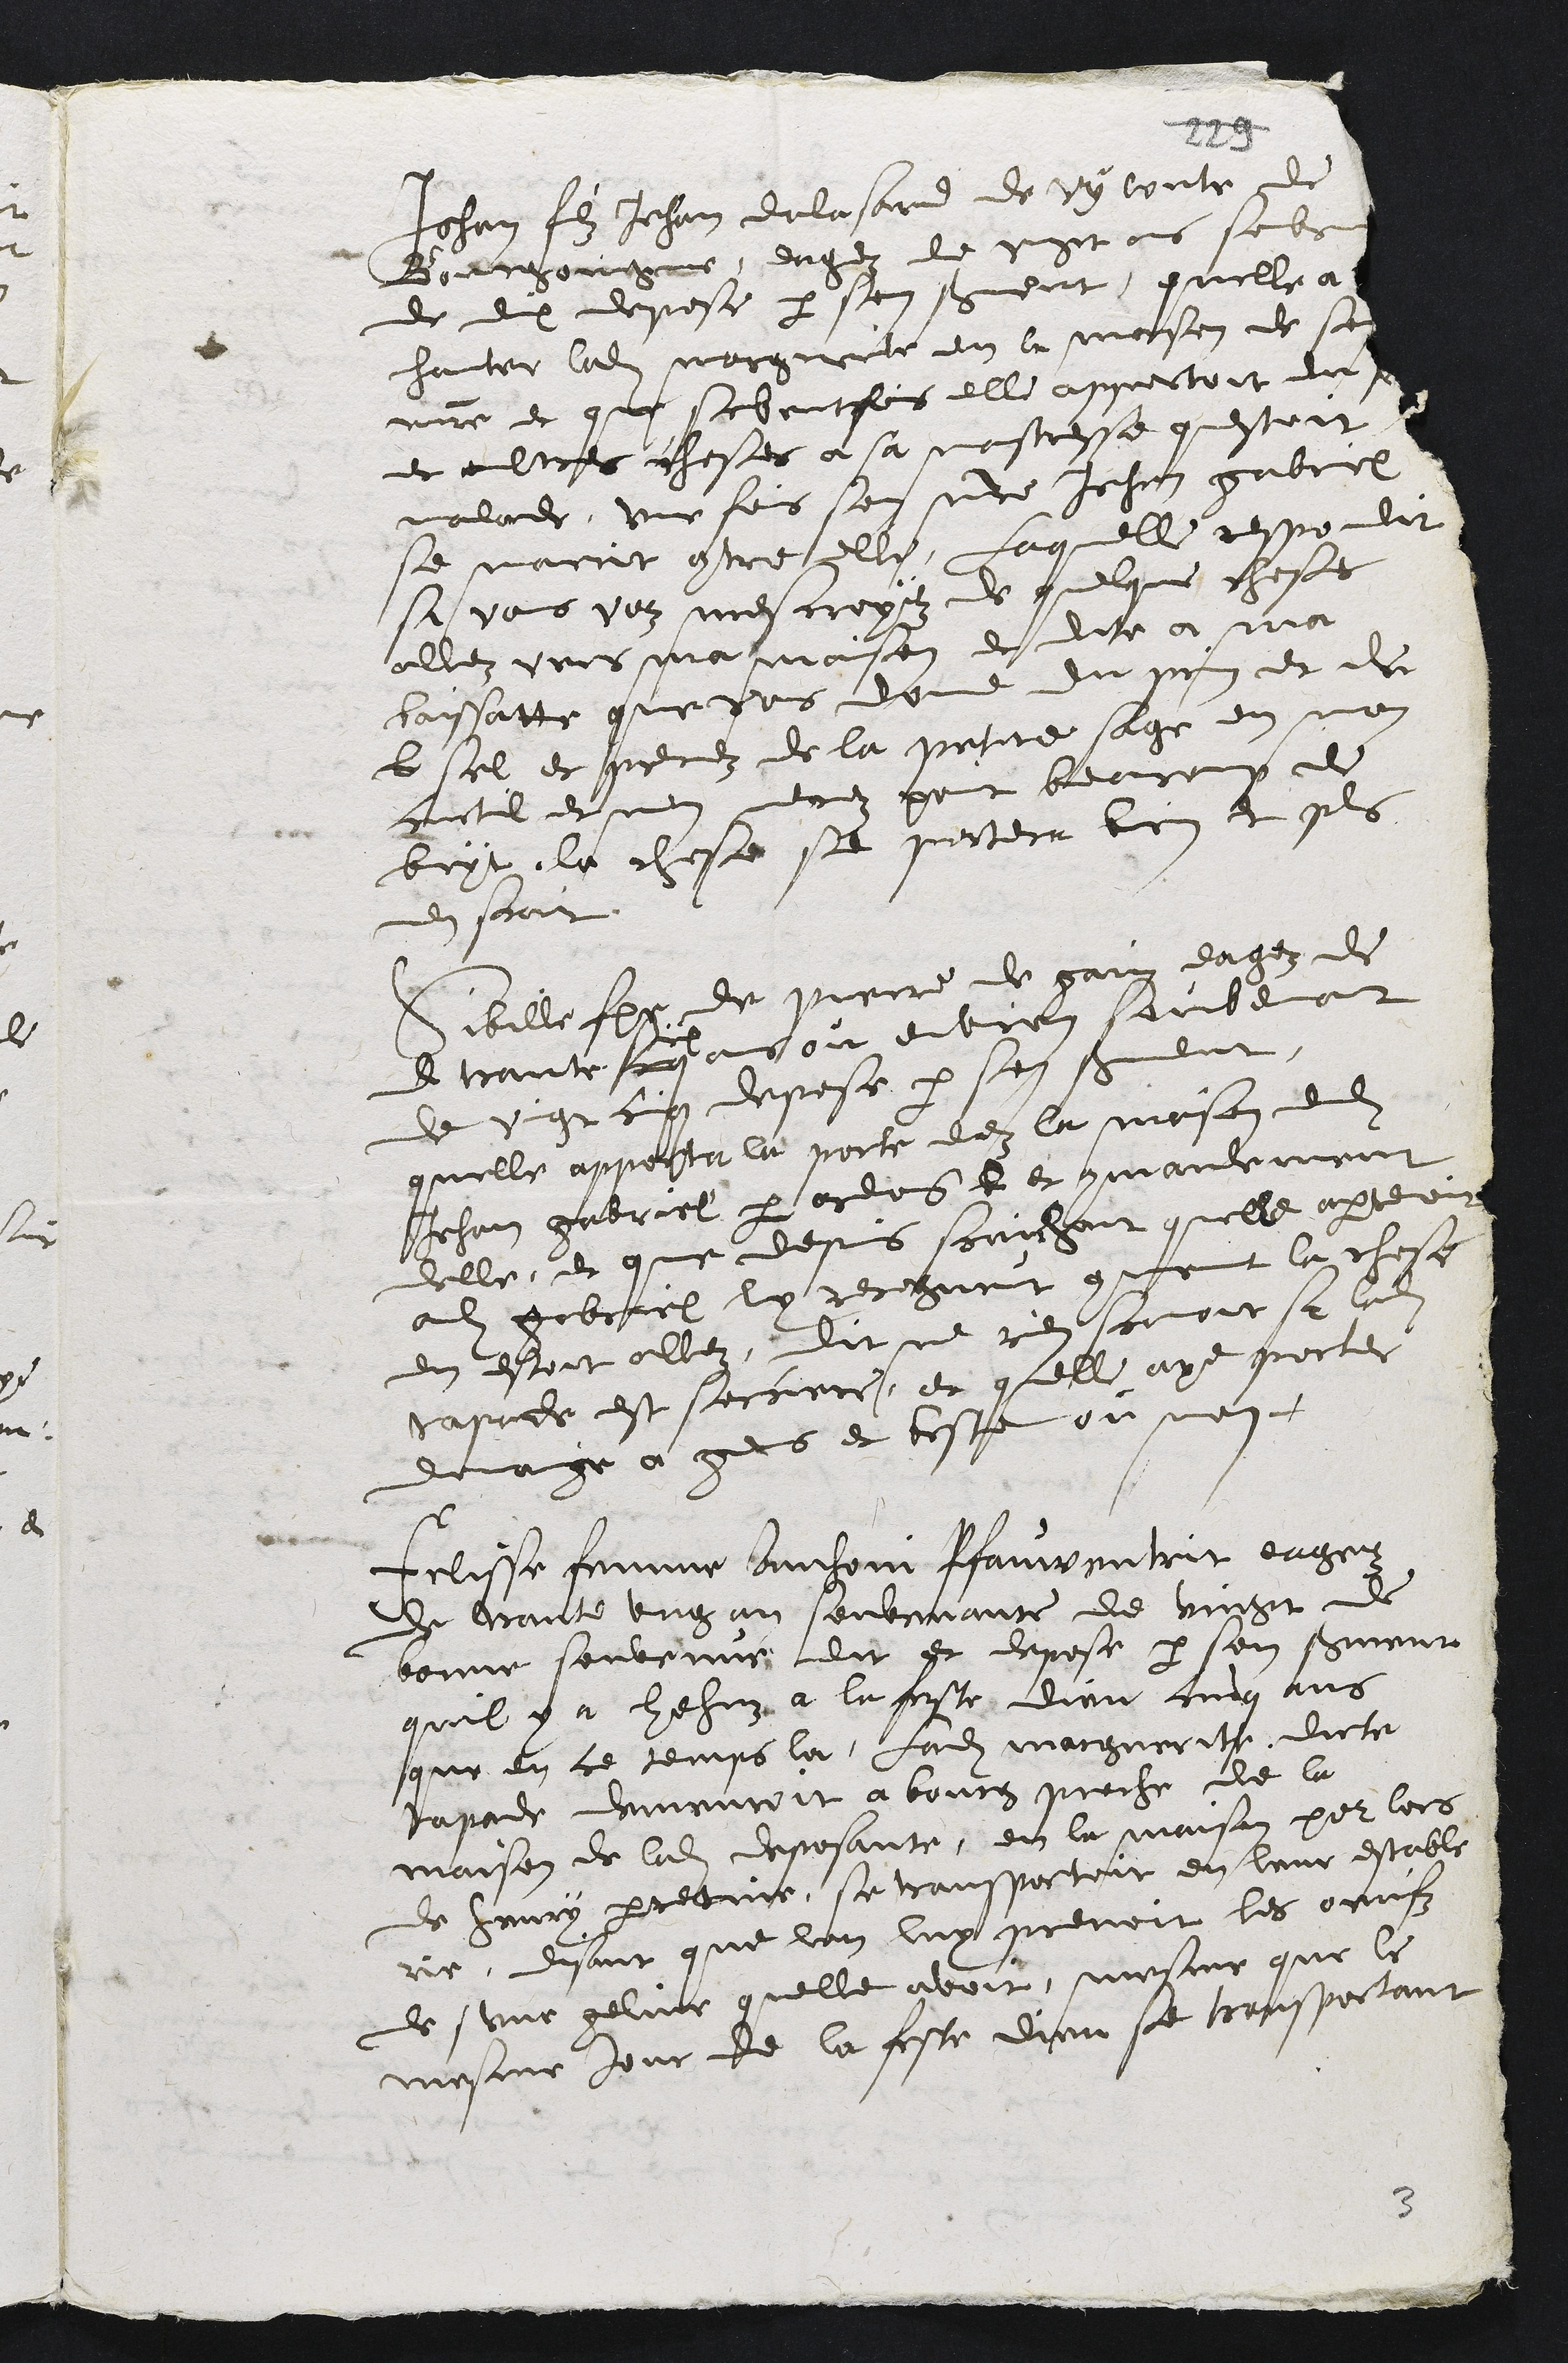
Jehan filz Jehan delasard de Vy comte de
Bourgoingne, eagez de vingt ans sovenant
de dix depose par son serment quelle a
hanter ladite marguerite en la maison de son
maitre et que soventfois elle apprestoit du
et aultres choses a sa maistresse questoit
malade, une fois son maitre Jehan gabriel
se marrit contre elle, Laquelle respondit
si vous voz mescroyez de quelque choses
allez vers ma maison et dite a ma
baissatte que vous donne du pain et du
b sel et prenez de la petite sage en mon
curtil et nen menez point beaucoup de
bryt. la chose se passera bien et plus
en scait.
Sibille femme de Pierre de garin eagez de
d trante cinq
six
 ans ou environ souvenant
de vingt cinq depose par son serment,
quelle apperta la porte dez la maison dudit
Jehan gabriel par ordres et commandement
delle, et que depuis scaichant quelle apartenoit
audit gabriel luy recogneut comment la chose
en estoit allez, dit ne rien scavoir si ladite
tapade est sorciere, et quelle aye porter
domaige a gens et beste ou non.
Felisse femme Anthoni Pfauwentrit eagez
de trante ung an souvante de vingt de
bonne souvenir, dit et depose par son serment
quil y a hehuz à la feste dieu cinq ans
que en ce temps la, Ladite marguerite, dicte
tapade demeuroit a bourg proche de la
maison de ladite deposante, en la maison pour lors
de henry perretier, se transportoit en leur estable
rie, disant que lon luy prenoit les oeufz
de une geline quelle avoit, mesme que le
mesme jour de la feste dieu se transportant